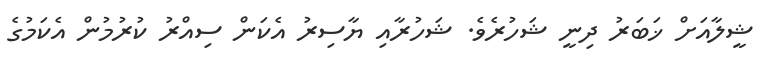
ޝީލާއަށް ޚަބަރު ދިނީ ޝަހުރެވެ. ޝަހުރާއި ޔާސިރު އެކަން ސިއްރު ކުރުމުން އެކަމުގެ